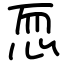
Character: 恧